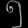
Digit: ၅